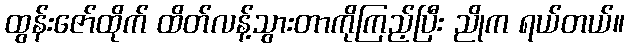
ထွန်းဇော်ထိုက် ထိတ်လန့်သွားတာကိုကြည့်ပြီး ညိုက ရယ်တယ်။